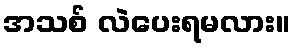
အသစ် လဲပေးရမလား။